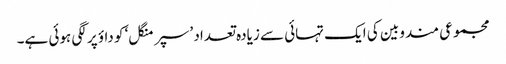
مجموعی مندوبین کی ایک تہائی سے زیادہ تعداد ’سپر منگل‘ کو داؤ پر لگی ہوئی ہے۔